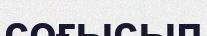
соғысып